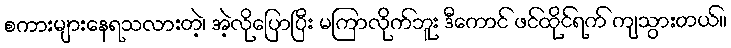
စကားများနေရသလားတဲ့၊ အဲ့လိုပြောပြီး မကြာလိုက်ဘူး ဒီကောင် ဖင်ထိုင်ရက် ကျသွားတယ်။